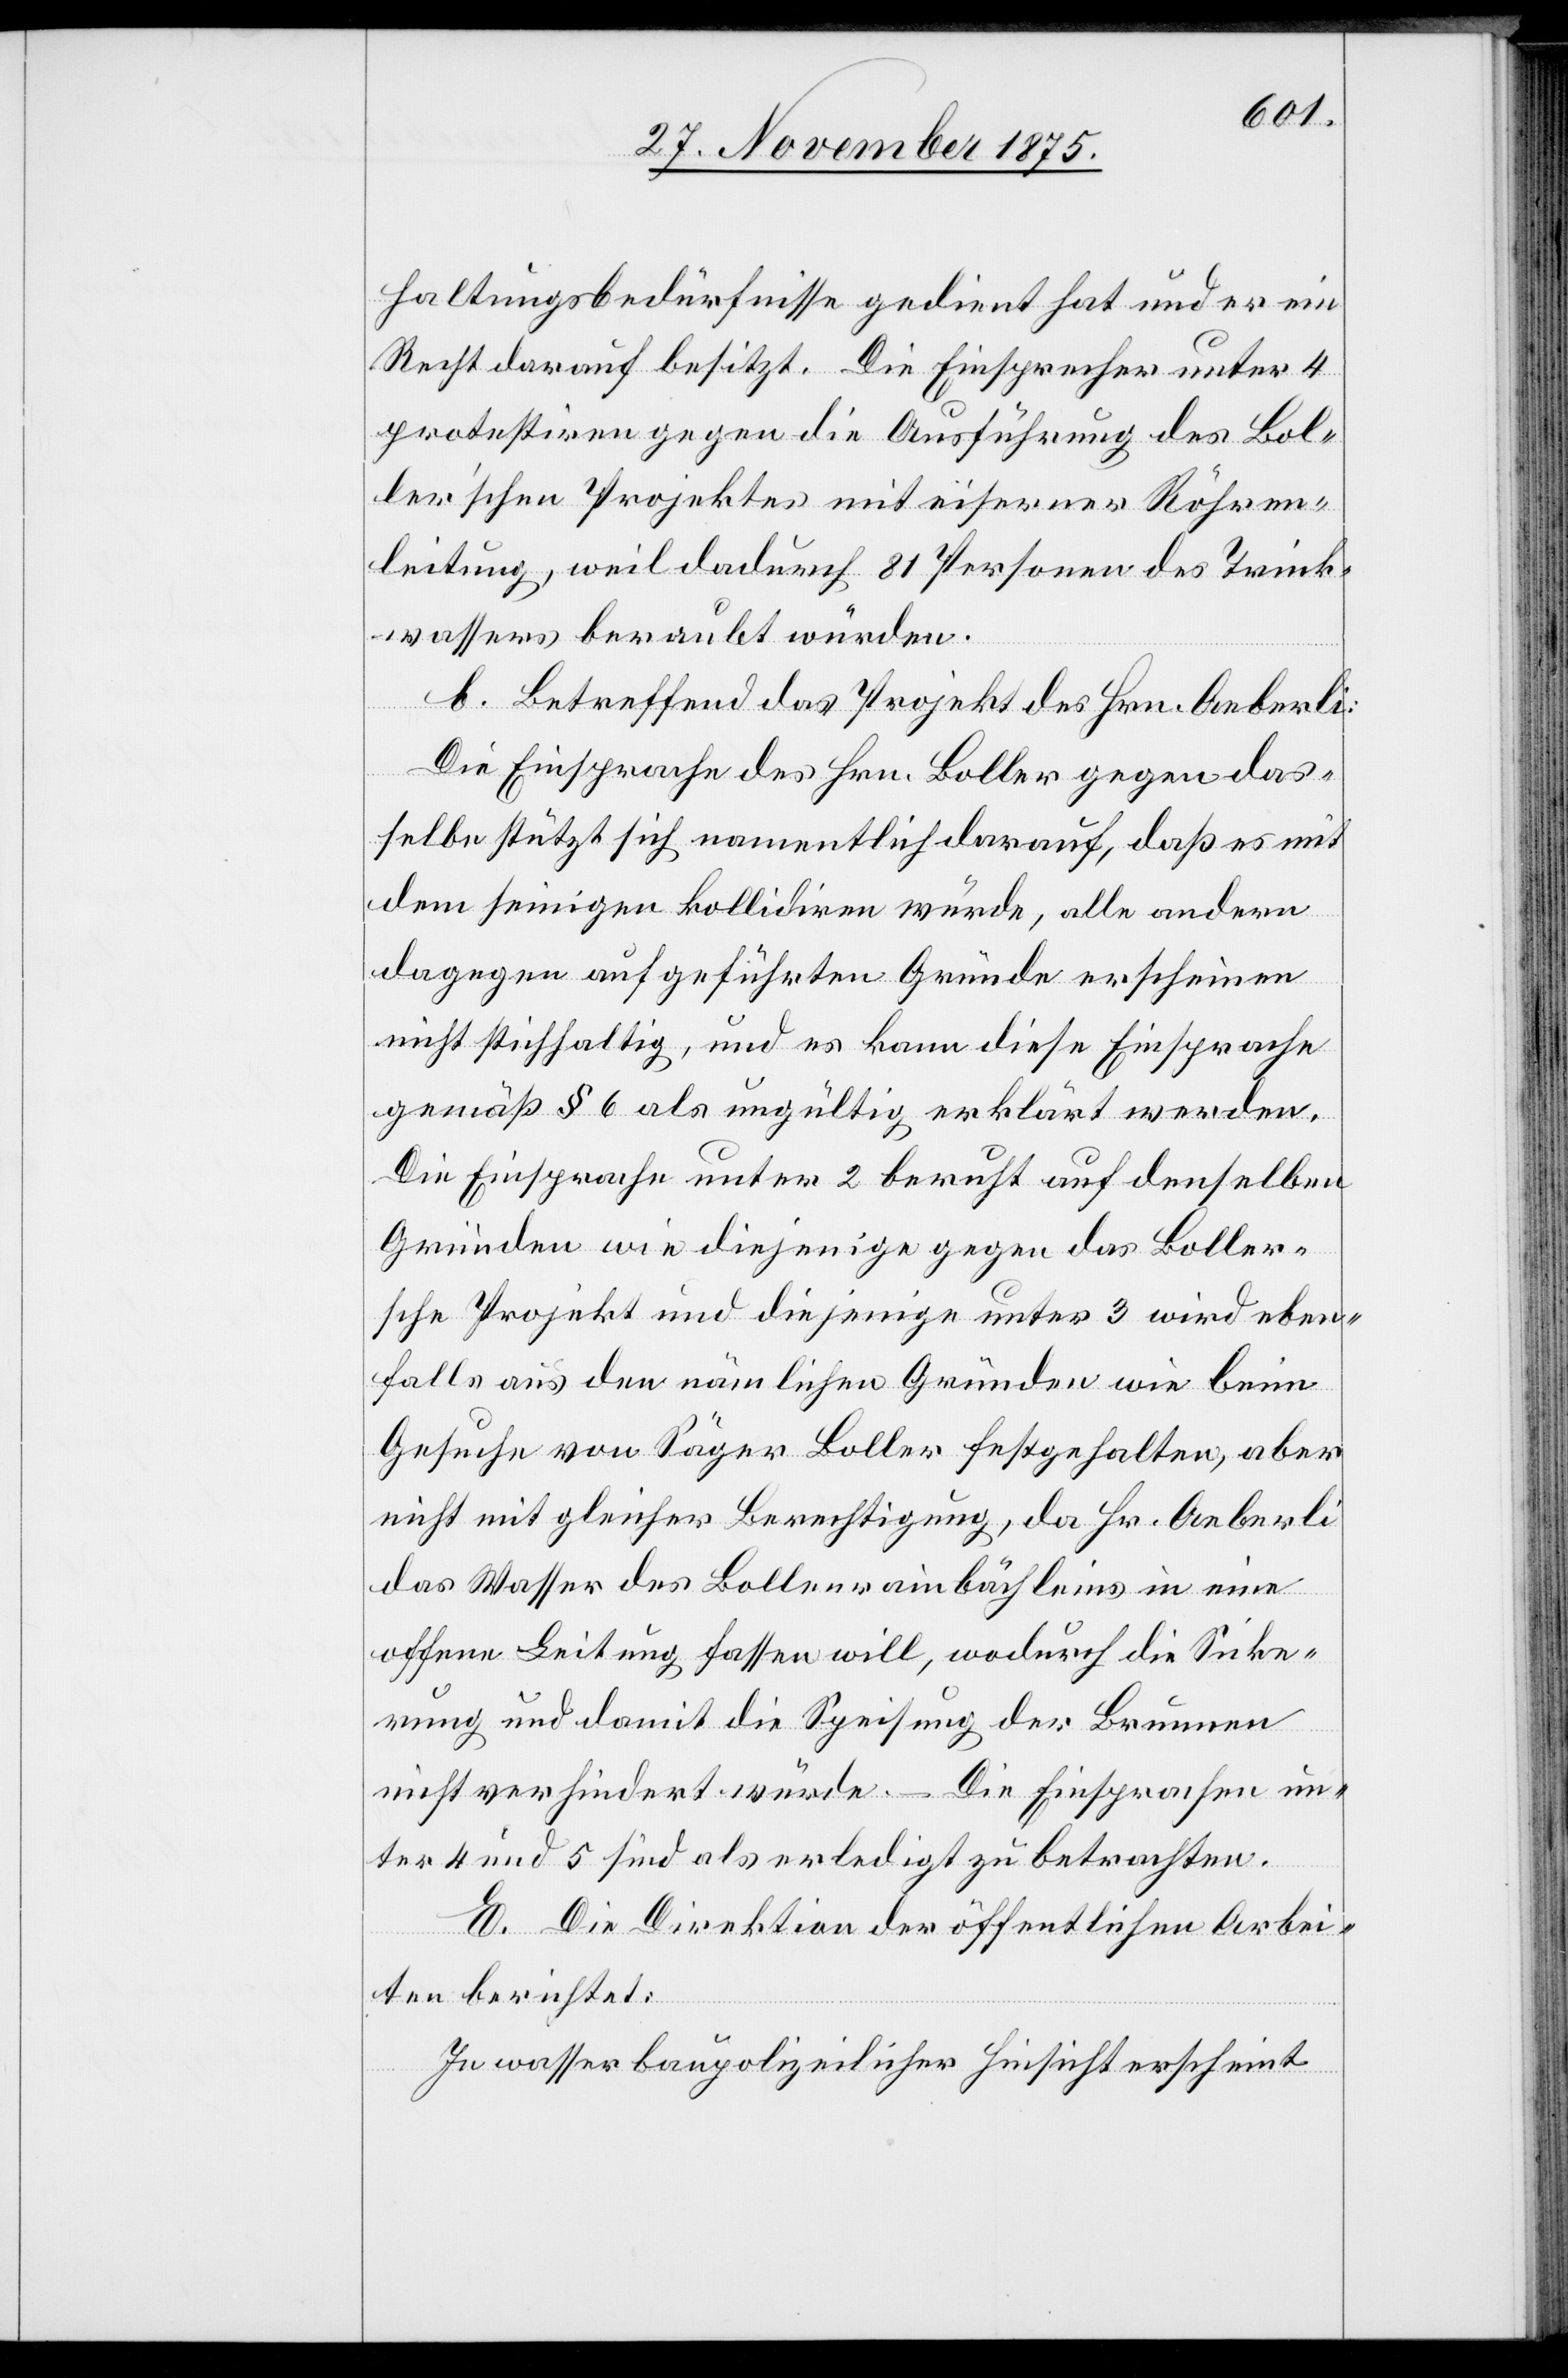
haltungsbedürfnisse gedient hat und er ein
Recht darauf besitzt. Die Einsprecher unter 4
protestiren gegen die Ausführung des Bol¬
ler’schen Projektes mit eiserner Röhren¬
leitung, weil dadurch 81 Personen des Trink¬
wassers beraubt würden.
b. Betreffend das Projekt des Hrn. Aeberli:
Die Einsprachen des Hrn. Boller gegen das¬
selbe stützt sich namentlich darauf, daß es mit
dem seinigen kollidiren würde, alle andern
dagegen aufgeführten Gründe erscheinen
nicht stichhaltig, und es kann diese Einsprache
gemäß § 6 als ungültig erklärt werden.
Die Einsprache unter 2 beruht auf denselben
Gründen wie diejenige gegen das Boller¬
sche Projekt und diejenige unter 3 wird eben¬
falls aus den nämlichen Gründen wie beim
Gesuche von Säger Boller festgehalten, aber
nicht mit gleicher Berechtigung, da Hr. Aeberli
das Wasser des Bollenrainbächleins in eine
offene Leitung fassen will, wodurch die Sicke¬
rung und damit die Speisung der Brunnen
nicht verhindert würde. – Die Einsprachen un¬
ter 4 und 5 sind als erledigt zu betrachten.
E. Die Direktion der öffentlichen Arbei¬
ten berichtet:
In wasserbaupolizeilicher Hinsicht erscheint